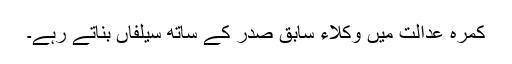
کمرہ عدالت میں وکلاء سابق صدر کے ساتھ سیلفاں بناتے رہے۔